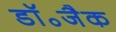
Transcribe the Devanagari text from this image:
डॉ॰जैक